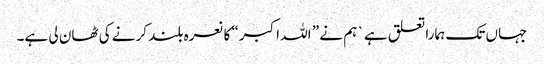
جہاں تک ہمارا تعلق ہے` ہم نے ” اللہ اکبر“ کا نعرہ بلند کرنے کی ٹھان لی ہے۔